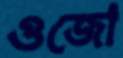
ওজো